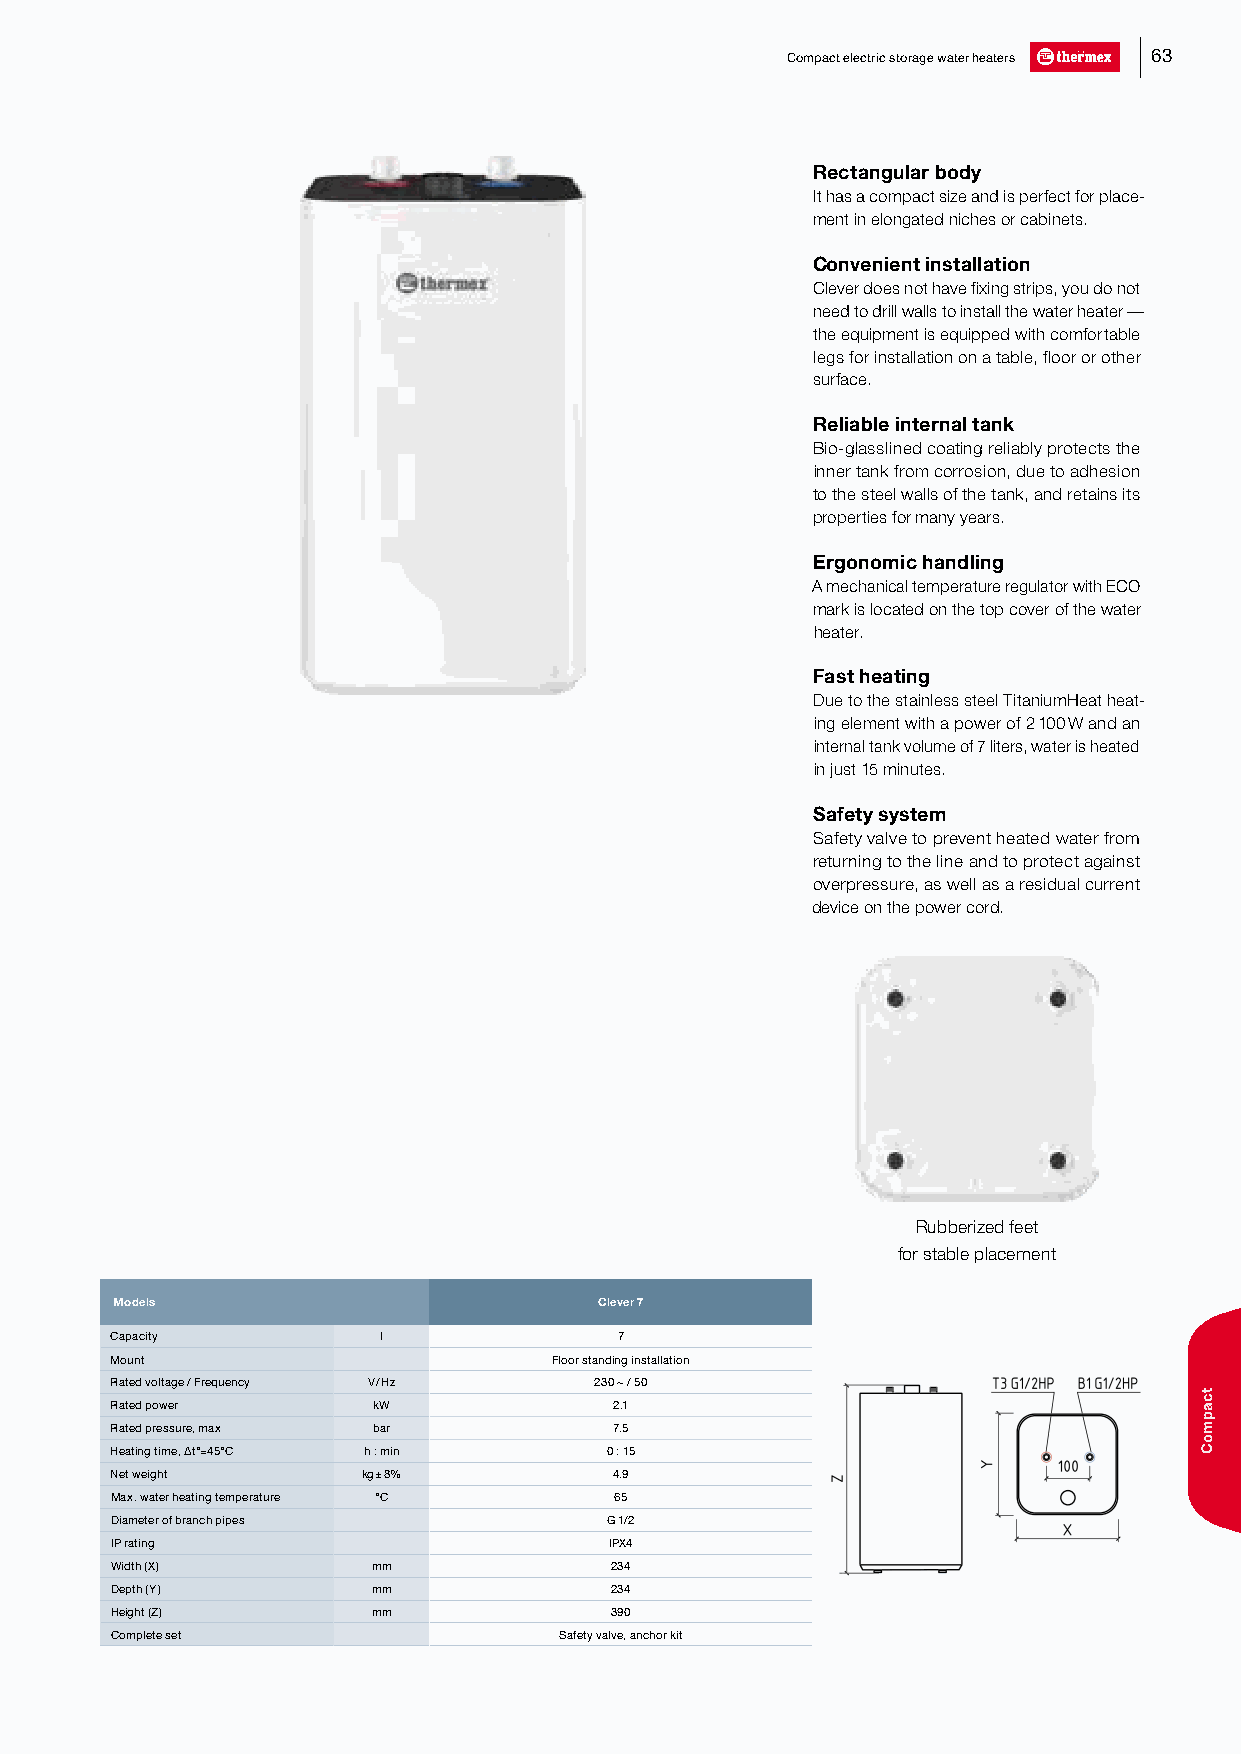
Compact electric storage water heaters 63
 Rectangular body
 It has a compact size and is perfect for place-
 ment in elongated niches or cabinets.
 Convenient installation
 Clever does not have fixing strips, you do not
 need to drill walls to install the water heater —
 the equipment is equipped with comfortable
 legs for installation on a table, floor or other
 surface.
 Reliable internal tank
 Bio-glasslined coating reliably protects the
 inner tank from corrosion, due to adhesion
 to the steel walls of the tank, and retains its
 properties for many years.
 Ergonomic handling
 A mechanical temperature regulator with ECO
 mark is located on the top cover of the water
 heater.
 Fast heating
 Due to the stainless steel TitaniumHeat heat-
 ing element with a power of 2 100 W and an
 internal tank volume of 7 liters, water is heated
 in just 15 minutes.
 Safety system
 Safety valve to prevent heated water from
 returning to the line and to protect against
 overpressure, as well as a residual current
 device on the power cord.
 Rubberized feet
 for stable placement
 Models                          Clever 7
 Capacity          l               7
 Mount                         Floor standing installation
 Rated voltage / Frequency V / Hz 230 ~ / 50
 Rated power       kW              2.1
 Rated pressure, max bar           7.5
 Heating time, ∆t°=45°C h : min   0 : 15
 Net weight       kg ± 8%          4.9
 Max. water heating temperature °С 65
 Diameter of branch pipes         G 1/2
 IP rating                        IPX4
 Width (X)         mm             234
 Depth (Y)         mm             234
 Height (Z)        mm             390
 Complete set                  Safety valve, anchor kit
 tcapmoC